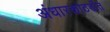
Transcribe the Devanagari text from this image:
अंधारकोठडीत